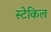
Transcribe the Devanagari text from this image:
स्टेकिल